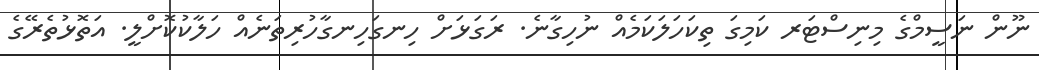
ނޫން ނަސީމްގެ މިނިސްޓަރ ކަމިގަ ތިކަހަލަކަމެއް ނުހިގާނެ. ރަގަޅަށް ހިނގަހިނގާހުރިތަނެއް ހަލާކުކޮށްލީ. އަތޮޅުތެރޭގެ